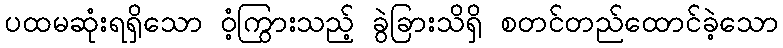
ပထမဆုံးရရှိသော ဝံ့ကြွားသည့် ခွဲခြားသိရှိ စတင်တည်ထောင်ခဲ့သော